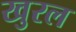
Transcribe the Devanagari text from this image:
खुरल